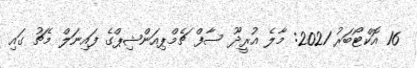
16 އޮކްޓޯބަރު 2021: މާލެ އުރީދޫ ސާފް ޗެމްޕިއަންޝިޕްގެ ފައިނަލް މެޗު ގައި